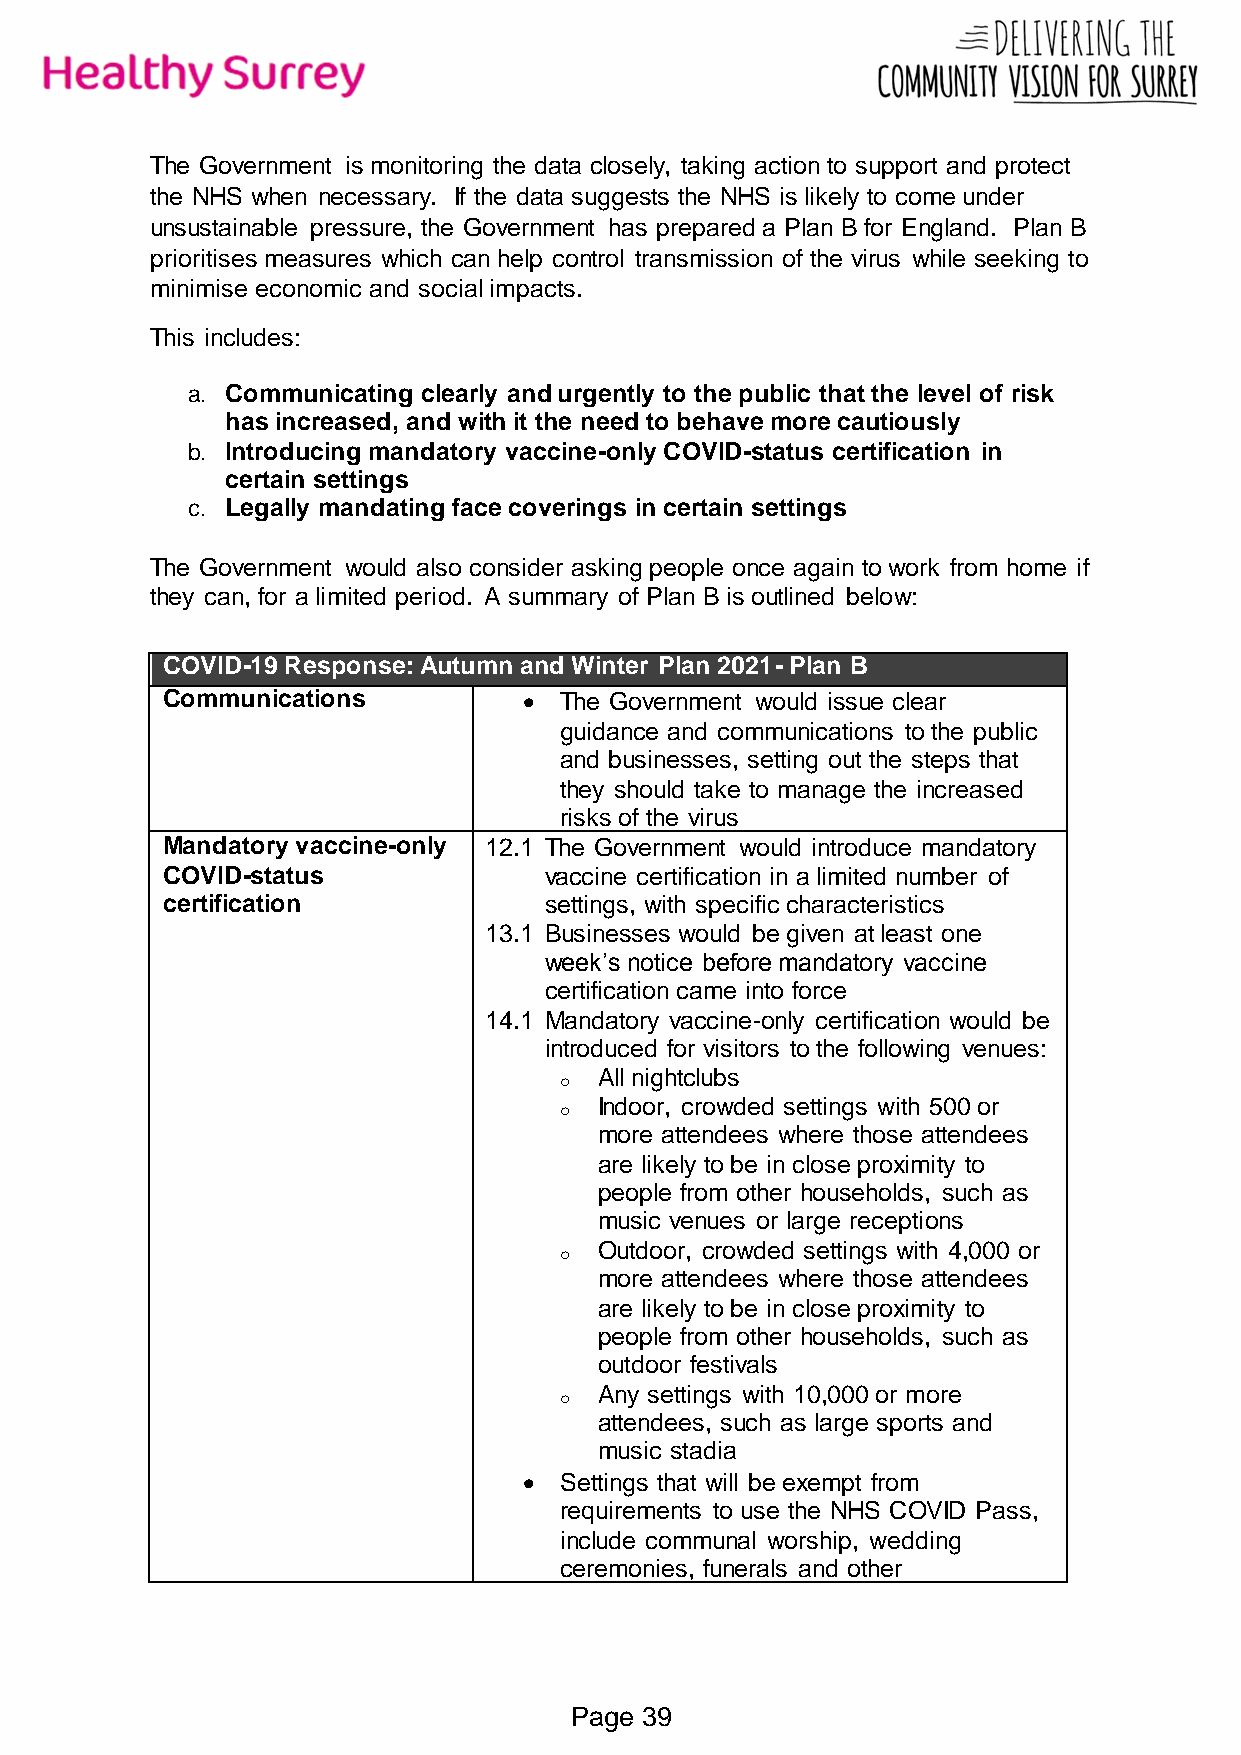
The Government is monitoring the data closely, taking action to support and protect
 the NHS when necessary. If the data suggests the NHS is likely to come under
 unsustainable pressure, the Government has prepared a Plan B for England. Plan B
 prioritises measures which can help control transmission of the virus while seeking to
 minimise economic and social impacts.
 This includes:
 a. Communicating clearly and urgently to the public that the level of risk
 has increased, and with it the need to behave more cautiously
 b. Introducing mandatory vaccine-only COVID-status certification in
 certain settings
 c. Legally mandating face coverings in certain settings
 The Government would also consider asking people once again to work from home if
 they can, for a limited period. A summary of Plan B is outlined below:
 COVID-19 Response: Autumn and Winter Plan 2021- Plan B
 Communications           The Government would issue clear
 guidance and communications to the public
 and businesses, setting out the steps that
 they should take to manage the increased
 risks of the virus
 Mandatory vaccine-only 12.1 The Government would introduce mandatory
 COVID-status             vaccine certification in a limited number of
 certification            settings, with specific characteristics
 13.1 Businesses would be given at least one
 week’s notice before mandatory vaccine
 certification came into force
 14.1 Mandatory vaccine-only certification would be
 introduced for visitors to the following venues:
 o  All nightclubs
 o  Indoor, crowded settings with 500 or
 more attendees where those attendees
 are likely to be in close proximity to
 people from other households, such as
 music venues or large receptions
 o  Outdoor, crowded settings with 4,000 or
 more attendees where those attendees
 are likely to be in close proximity to
 people from other households, such as
 outdoor festivals
 o  Any settings with 10,000 or more
 attendees, such as large sports and
 music stadia
  Settings that will be exempt from
 requirements to use the NHS COVID Pass,
 include communal worship, wedding
 ceremonies, funerals and other
 Page 39